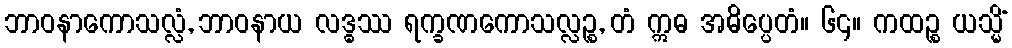
ဘာဝနာကောသလ္လံ, ဘာဝနာယ လဒ္ဓဿ ရက္ခဏကောသလ္လဉ္စ, တံ ဣဓ အဓိပ္ပေတံ။ ၆၄။ ကထဉ္စ ယသ္မိံ